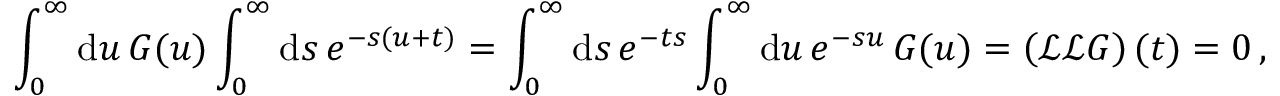
\int _ { 0 } ^ { \infty } \mathrm { d } u \, G ( u ) \int _ { 0 } ^ { \infty } \mathrm { d } s \, e ^ { - s ( u + t ) } = \int _ { 0 } ^ { \infty } \mathrm { d } s \, e ^ { - t s } \int _ { 0 } ^ { \infty } \mathrm { d } u \, e ^ { - s u } \, G ( u ) = \left( \mathcal { L } \mathcal { L } G \right) ( t ) = 0 \, ,